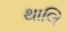
થાલિ